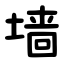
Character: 墙